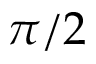
\pi / 2